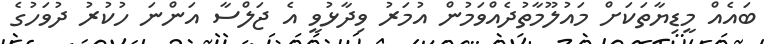
ބައެއް މީޑިޔާތަކަށް މައުލޫމާތުދެއްވަމުން އުމަރު ވިދާޅުވީ އެ ޖަލްސާ އަންނަ ހުކުރު ދުވަހުގެ